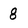
Character: g